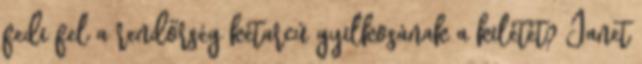
fedi fel a rendőrség kétarcú gyilkosának a kilétét? Janet